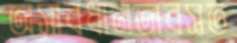
অসাবধানতাবসত